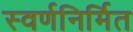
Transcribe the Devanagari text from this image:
स्वर्णनिर्मित